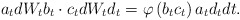
\begin{align*}a_tdW_tb_t \cdot c_tdW_td_t= \varphi\left(b_tc_t\right)a_td_tdt.\end{align*}